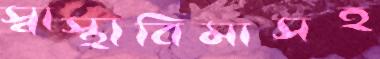
স্বাস্থ্যবিমাসহ